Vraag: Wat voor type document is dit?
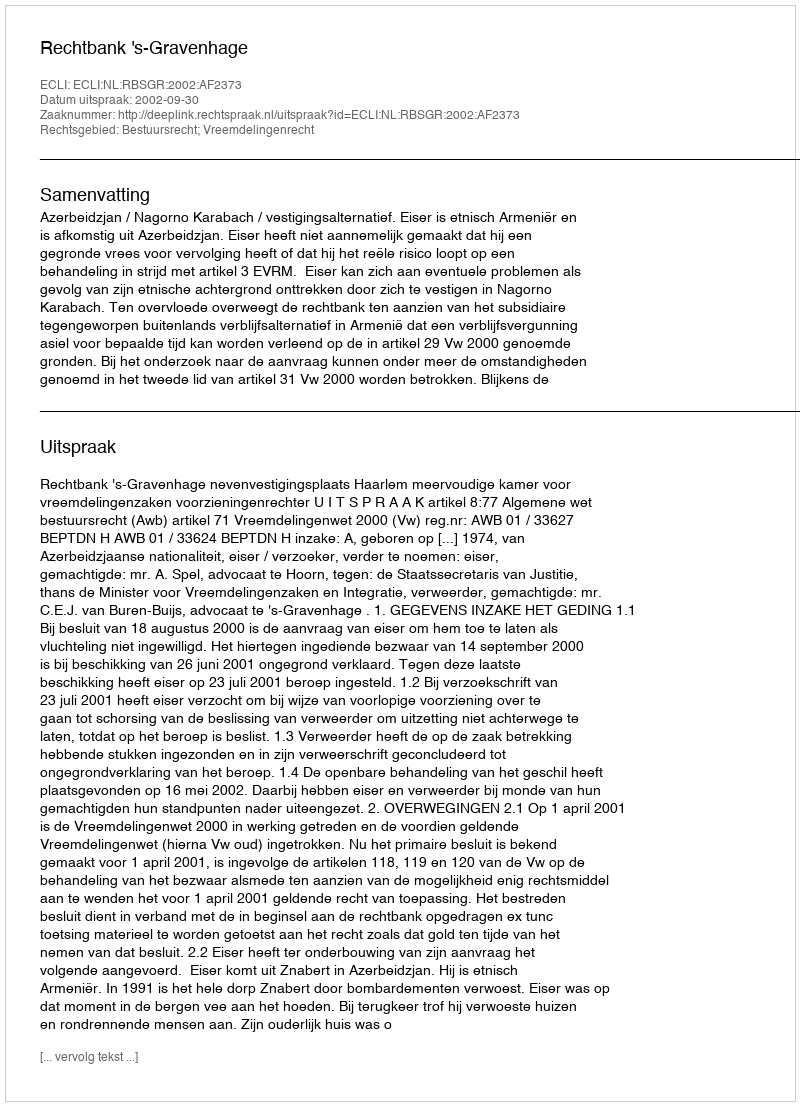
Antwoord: Uitspraak